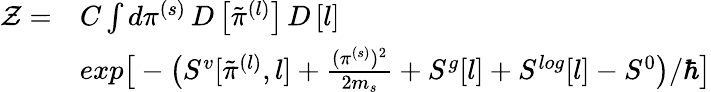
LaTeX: \begin{array}{rl}{\mathcal{Z}=}&{C\int d\pi^{(s)}\, D\left[\tilde{\pi}^{(l)}\right]\, D\left[l\right]}\\ &{exp\big[-\big(S^{v}[\tilde{\pi}^{(l)},l]+\frac{(\pi^{(s)})^{2}}{2m_{s}}+S^{g}[l]+S^{log}[l]-S^{0}\big)/\hbar\big]}\end{array}